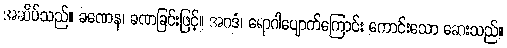
အဆိပ်သည်။ ခဏေန၊ ခဏခြင်းဖြင့်။ အဂဒံ၊ ရောဂါပျောက်ကြောင်း ကောင်းသော ဆေးသည်။